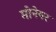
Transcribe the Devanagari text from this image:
मोनेयर